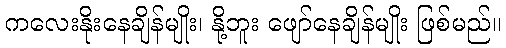
ကလေးနိုးနေချိန်မျိုး၊ နို့ဘူး ဖျော်နေချိန်မျိုး ဖြစ်မည်။